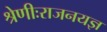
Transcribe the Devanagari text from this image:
श्रेणीःराजनयज्ञ